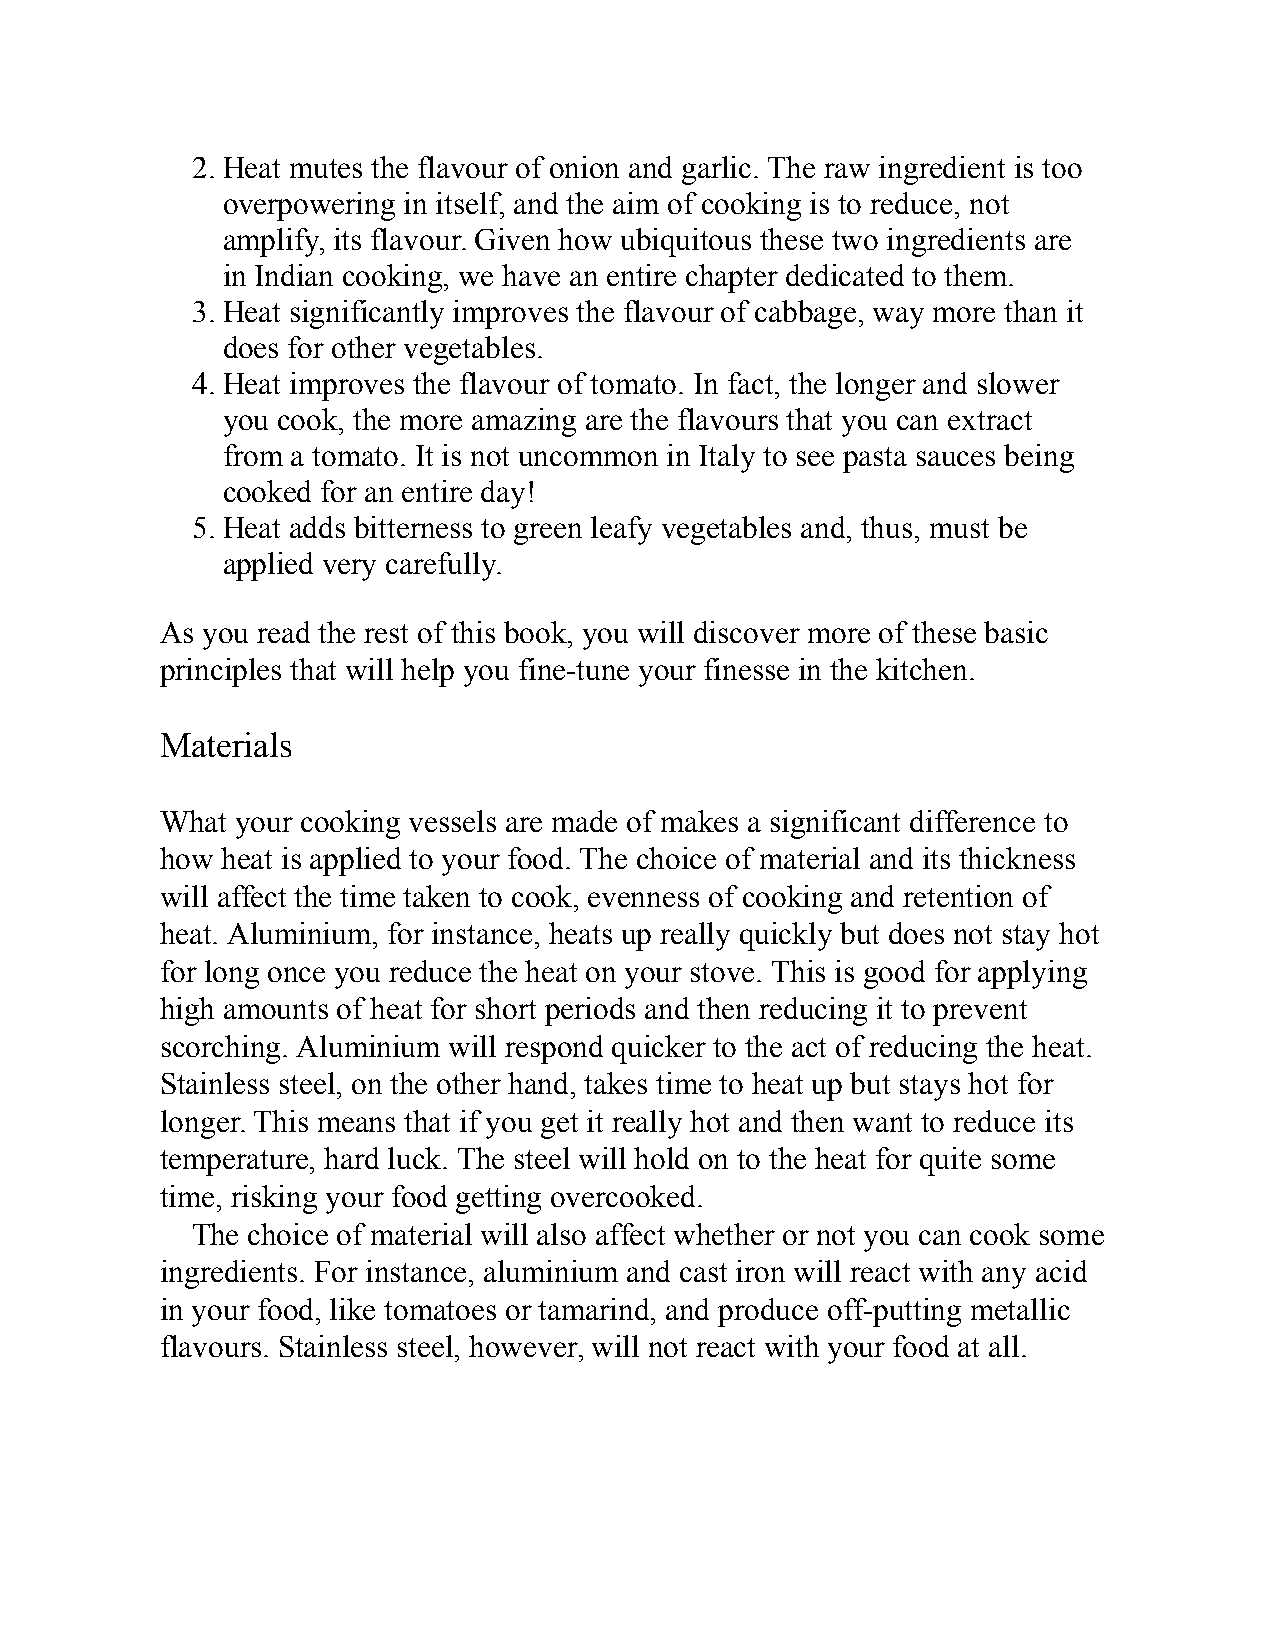
2. Heat mutes the flavour of onion and garlic. The raw ingredient is too
 overpowering in itself, and the aim of cooking is to reduce, not
 amplify, its flavour. Given how ubiquitous these two ingredients are
 in Indian cooking, we have an entire chapter dedicated to them.
 3. Heat significantly improves the flavour of cabbage, way more than it
 does for other vegetables.
 4. Heat improves the flavour of tomato. In fact, the longer and slower
 you cook, the more amazing are the flavours that you can extract
 from a tomato. It is not uncommon in Italy to see pasta sauces being
 cooked for an entire day!
 5. Heat adds bitterness to green leafy vegetables and, thus, must be
 applied very carefully.
 As you read the rest of this book, you will discover more of these basic
 principles that will help you fine-tune your finesse in the kitchen.
 Materials
 What your cooking vessels are made of makes a significant difference to
 how heat is applied to your food. The choice of material and its thickness
 will affect the time taken to cook, evenness of cooking and retention of
 heat. Aluminium, for instance, heats up really quickly but does not stay hot
 for long once you reduce the heat on your stove. This is good for applying
 high amounts of heat for short periods and then reducing it to prevent
 scorching. Aluminium will respond quicker to the act of reducing the heat.
 Stainless steel, on the other hand, takes time to heat up but stays hot for
 longer. This means that if you get it really hot and then want to reduce its
 temperature, hard luck. The steel will hold on to the heat for quite some
 time, risking your food getting overcooked.
 The choice of material will also affect whether or not you can cook some
 ingredients. For instance, aluminium and cast iron will react with any acid
 in your food, like tomatoes or tamarind, and produce off-putting metallic
 flavours. Stainless steel, however, will not react with your food at all.